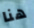
هنا